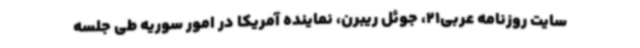
سایت روزنامه عربی21، جوئل ریبرن، نماینده آمریکا در امور سوریه طی جلسه